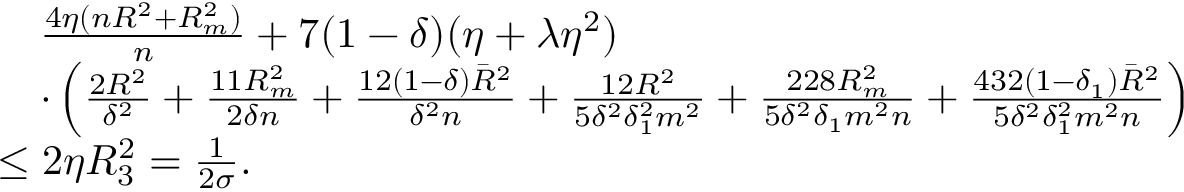
\begin{array} { r l } & { \quad \frac { 4 \eta ( n R ^ { 2 } + R _ { m } ^ { 2 } ) } { n } + 7 ( 1 - \delta ) ( \eta + \lambda \eta ^ { 2 } ) } \\ & { \quad \cdot \left( \frac { 2 R ^ { 2 } } { \delta ^ { 2 } } + \frac { 1 1 R _ { m } ^ { 2 } } { 2 \delta n } + \frac { 1 2 ( 1 - \delta ) { \bar { R } } ^ { 2 } } { \delta ^ { 2 } n } + \frac { 1 2 R ^ { 2 } } { 5 \delta ^ { 2 } \delta _ { 1 } ^ { 2 } m ^ { 2 } } + \frac { 2 2 8 R _ { m } ^ { 2 } } { 5 \delta ^ { 2 } \delta _ { 1 } m ^ { 2 } n } + \frac { 4 3 2 ( 1 - \delta _ { 1 } ) { \bar { R } } ^ { 2 } } { 5 \delta ^ { 2 } \delta _ { 1 } ^ { 2 } m ^ { 2 } n } \right) } \\ & { \leq 2 \eta { \cal R } _ { 3 } ^ { 2 } = \frac { 1 } { 2 \sigma } . } \end{array}